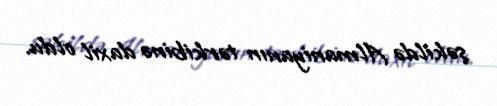
şəkildə Almaniyanın tərkibinə daxil oldu.